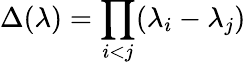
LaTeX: \Delta(\lambda)=\prod_{i<j}(\lambda_{i}-\lambda_{j})